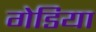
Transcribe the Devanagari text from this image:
गेडिया